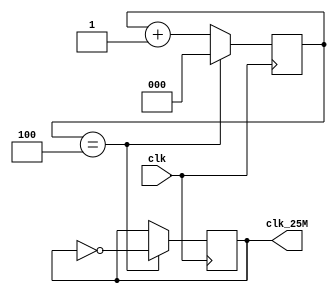
`timescale 1ns / 1ps

module mydiv_25M(clk,clk_25M);
    input clk;
    output clk_25M;
    reg clk_25M = 0;
    reg [2:0] cnt_25M = 3'b000;

    always@(posedge clk)
    begin
        if (cnt_25M == 3'b100)
        begin
            clk_25M = ~clk_25M;
            cnt_25M = 0;
        end
        else
            cnt_25M = cnt_25M + 1'b1;
    end
endmodule